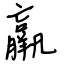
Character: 羸